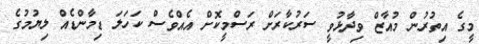
މީގެ އިތުރުން މުއާޒް ވިދާޅުވީ ސަރުކާރަށް ރަސްމީކޮށް އެއްވެސް ކަހަލަ ޑިމާންޑެއް ލިޔުމުގެ